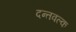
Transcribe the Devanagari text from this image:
दन्तवल्क